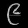
Digit: ၉